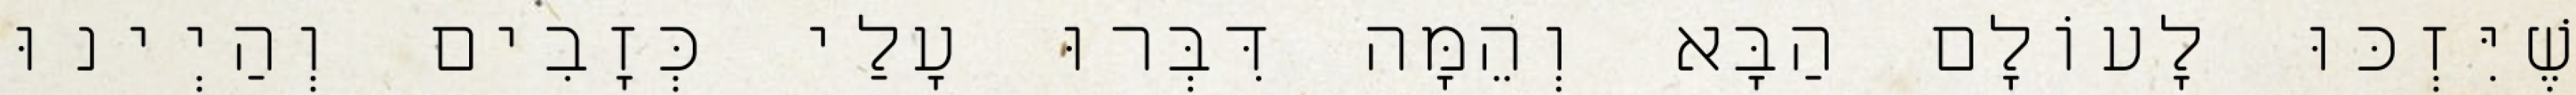
שֶׁיִּזְכּוּ לָעוֹלָם הַבָּא וְהֵמָּה דִּבְּרוּ עָלַי כְּזָבִים וְהַיְינוּ